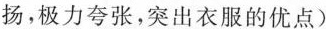
扬，极力夸张，突出衣服的优点)